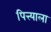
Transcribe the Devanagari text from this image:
पित्त्याला